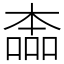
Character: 㮺